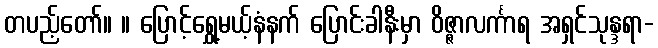
တပည့်တော်။ ။ ပြောင့်ရွှေ့မယ့်နံနက် ပြောင်းခါနီးမှာ ဝိဇ္ဇာလင်္ကာရ အရှင်သုန္ဒရာ-